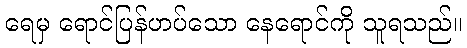
ရေမှ ရောင်ပြန်ဟပ်သော နေရောင်ကို သူရသည်။